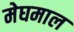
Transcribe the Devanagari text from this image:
मेघमाल